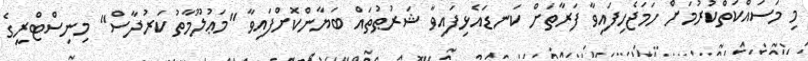
މި މަސައްކަތްކުރުމަށް ހަމަޖެހިފައިވާ ފަރާތަށް ކަނޑައެޅިފައިވާ ޝަރުޠުތައް ބަޔާންކޮށްފައިވާ "މަޢުލޫމާތު ކަރުދާސް" މިނިސްޓްރީގެ